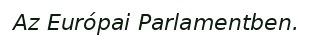
Az Európai Parlamentben.